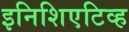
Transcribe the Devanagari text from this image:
इनिशिएटिव्ह